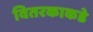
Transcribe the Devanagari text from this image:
वितरकाकडे